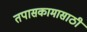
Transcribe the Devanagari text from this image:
तपासकामासाठी